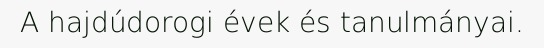
A hajdúdorogi évek és tanulmányai.